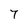
Character: 7